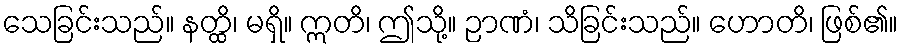
သေခြင်းသည်။ နတ္ထိ၊ မရှိ။ ဣတိ၊ ဤသို့။ ဉာဏံ၊ သိခြင်းသည်။ ဟောတိ၊ ဖြစ်၏။